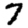
Digit: 7